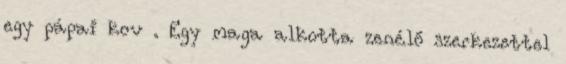
egy pápai kov . Egy maga alkotta zenélő szerkezettel